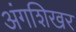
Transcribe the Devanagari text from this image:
अंगशिखर